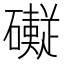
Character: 𱵂